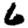
Digit: 6